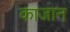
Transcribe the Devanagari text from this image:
काजान